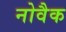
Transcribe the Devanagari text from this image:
नोवैक